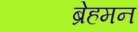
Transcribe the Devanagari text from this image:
ब्रेहमन